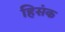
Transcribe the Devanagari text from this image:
हिसंक